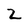
Character: Z